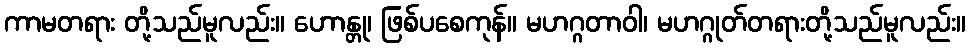
ကာမတရား တို့သည်မူလည်း။ ဟောန္တု၊ ဖြစ်ပစေကုန်။ မဟဂ္ဂတာဝါ၊ မဟဂ္ဂုတ်တရားတို့သည်မူလည်း။